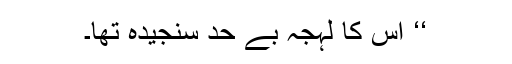
‘‘ اس کا لہجہ بے حد سنجیدہ تھا۔